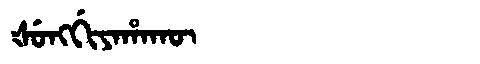
Manchu: ᡧᡠᠩᡤᡳᠶᠠᡥᠠᡴᡡ
Romanization: ŠUNGGIYAHAKŪ